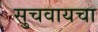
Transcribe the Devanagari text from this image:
सुचवायचा